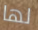
لها